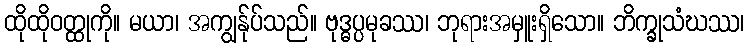
ထိုထိုဝတ္ထုကို။ မယာ၊ အကျွန်ုပ်သည်။ ဗုဒ္ဓပ္ပမုခဿ၊ ဘုရားအမှူးရှိသော။ ဘိက္ခုသံဃဿ၊